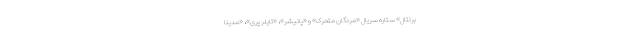
برنتال» ستاره سریال «مردگان متحرک» و «پانیشر»، «تایلر پری»، «مدینا